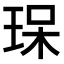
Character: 𤥯